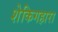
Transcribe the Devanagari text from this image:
शेकिगहारा